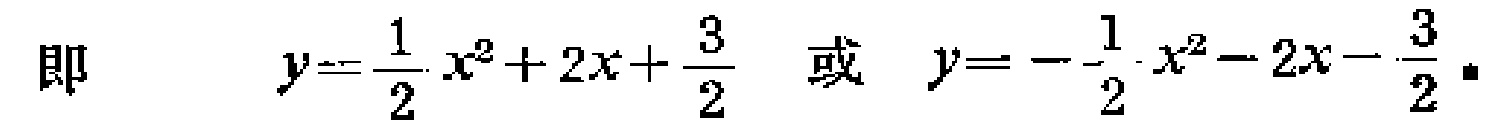
即 \[y = \frac{1}{2}x^{2}+2x+\frac{3}{2} \quad 或 \quad y = -\frac{1}{2}x^{2}-2x - \frac{3}{2} \]